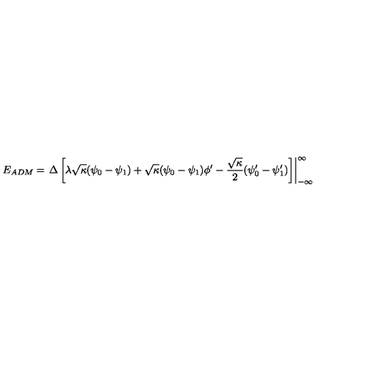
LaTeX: E _ { A D M } = \left. { \Delta } \left[ { \lambda } \sqrt { \kappa } ( { \psi } _ { 0 } - { \psi } _ { 1 } ) + \sqrt { \kappa } ( { \psi } _ { 0 } - { \psi } _ { 1 } ) { \phi } ^ { \prime } - \frac { \sqrt { \kappa } } { 2 } ( { \psi } _ { 0 } ^ { \prime } - { \psi } _ { 1 } ^ { \prime } ) \right] \right| _ { - \infty } ^ { \infty }